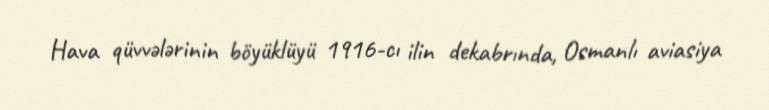
Hava qüvvələrinin böyüklüyü 1916-cı ilin dekabrında, Osmanlı aviasiya